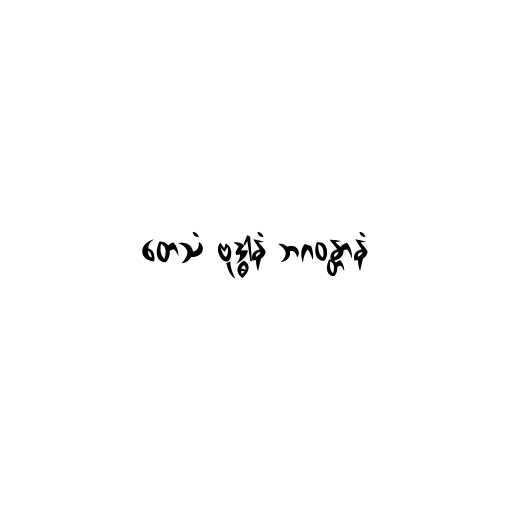
တေသံ ဗုဒ္ဓါနံ ဘဂဝန္တာနံ